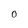
Character: 0